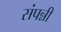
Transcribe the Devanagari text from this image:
संपन्नी